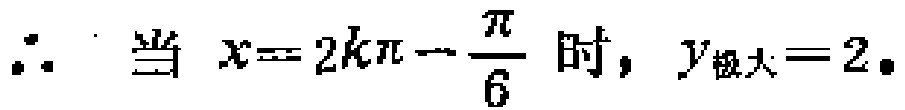
\(\therefore\)当 \(x = 2k\pi - \dfrac{\pi}{6}\) 时，\(y_{极大}=2\)。